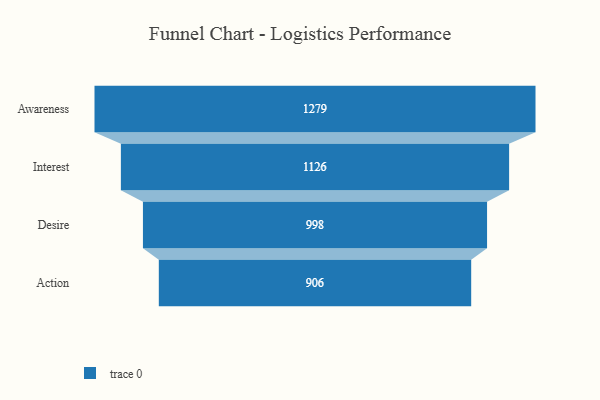
{"axis": {"x": "Stage", "y": "Value"}, "legend": [""], "data": [{"x": "Awareness", "y": 1279.0, "type": ""}, {"x": "Interest", "y": 1126.0, "type": ""}, {"x": "Desire", "y": 998.0, "type": ""}, {"x": "Action", "y": 906.0, "type": ""}]}